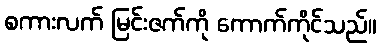
စကားလက် မြင်းဇက်ကို ကောက်ကိုင်သည်။